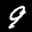
Label: 9